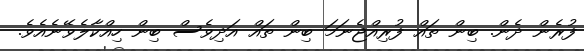
ފުރެން ދެން. ބިން ތައް ފުރިއްޖެނަމަ ބިން ތައް އަދިވެސް ބިން ހިއްކާލެވޭނެއެވެ.